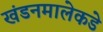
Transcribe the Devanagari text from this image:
खंडनमालेकडे